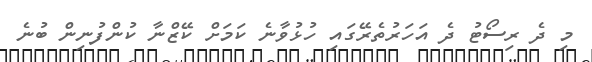
މި ދެ ރިސޯޓު ދެ އަހަރުތެރޭގައި ހުޅުވާނެ ކަމަށް ކޭޒްނާ ކުންފުނިން ބުނެ